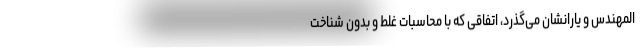
المهندس و یارانشان می‌گذرد، اتفاقی که با محاسبات غلط و بدون شناخت